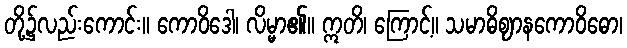
တို့၌လည်းကောင်း။ ကောဝိဒေါ၊ လိမ္မာ၏။ ဣတိ၊ ကြောင့်။ သမာဓိဈာနကောဝိဓော၊